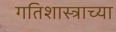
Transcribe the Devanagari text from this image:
गतिशास्त्राच्या